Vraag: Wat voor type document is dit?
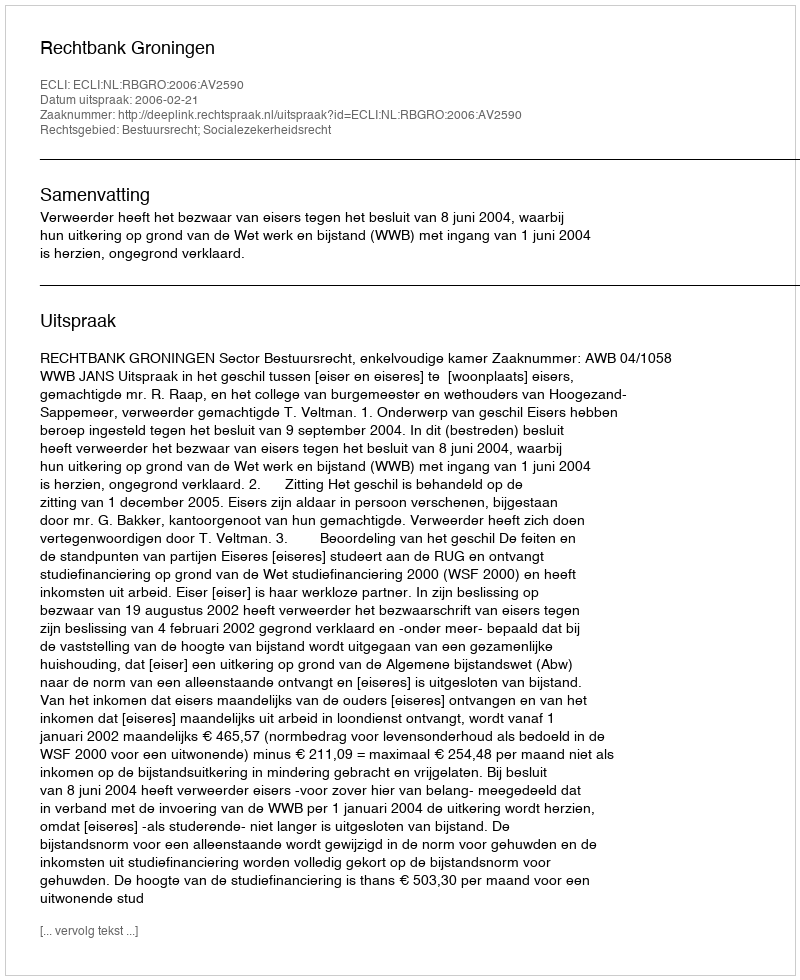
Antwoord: Uitspraak